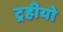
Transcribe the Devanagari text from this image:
ट्रहीयो